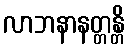
လာဘနာနတ္တန္တိ